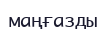
маңғазды